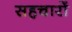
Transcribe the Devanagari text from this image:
सहचारों